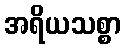
အရိယသစ္စာ